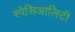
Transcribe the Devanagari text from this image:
स्पेसिआलिटी